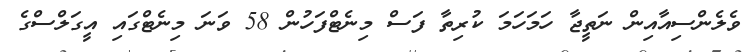
ވެލެންސިއާއިން ނަތީޖާ ހަމަހަމަ ކުރިތާ ފަސް މިނެޓްފަހުން 58 ވަނަ މިނެޓްގައި އީގަލްސްގެ